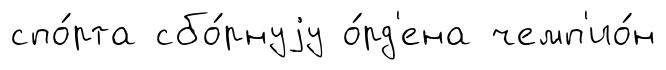
спо́рта сбо́рнуjу о́рд'ена чемп'ио́н